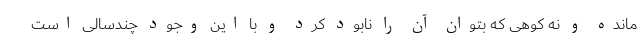
مانده و نه کوهی که بتوان آن را نابود کرد و با این وجود چندسالی است